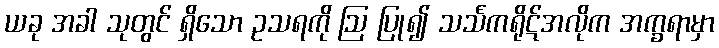
ယခု အခါ သုတွင် ရှိသော ဥသရကို ဩ ပြု၍ သင်္သကရိုဋ်အလိုက အက္ခရာမှာ